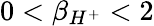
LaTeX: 0<\beta_{H^{+}}<2